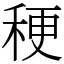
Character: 稉